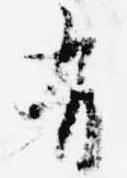
有